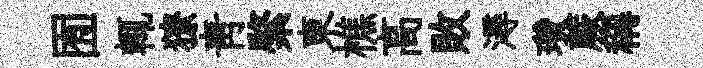
囿輒獠靑綮東樵高敗潯瓚蕨稱